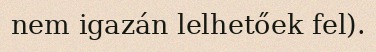
nem igazán lelhetőek fel).